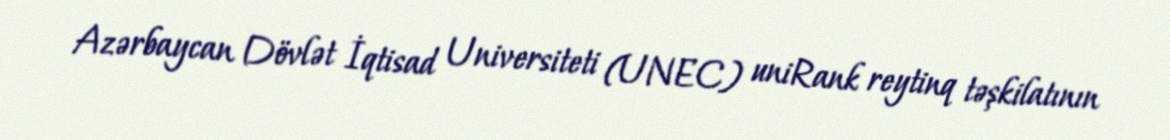
Azərbaycan Dövlət İqtisad Universiteti (UNEC) uniRank reytinq təşkilatının